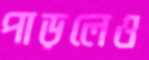
পাড়লেও